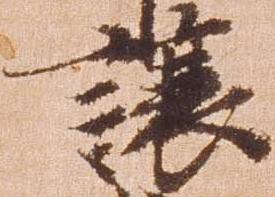
譲